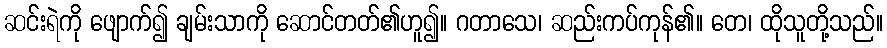
ဆင်းရဲကို ဖျောက်၍ ချမ်းသာကို ဆောင်တတ်၏ဟူ၍။ ဂတာသေ၊ ဆည်းကပ်ကုန်၏။ တေ၊ ထိုသူတို့သည်။